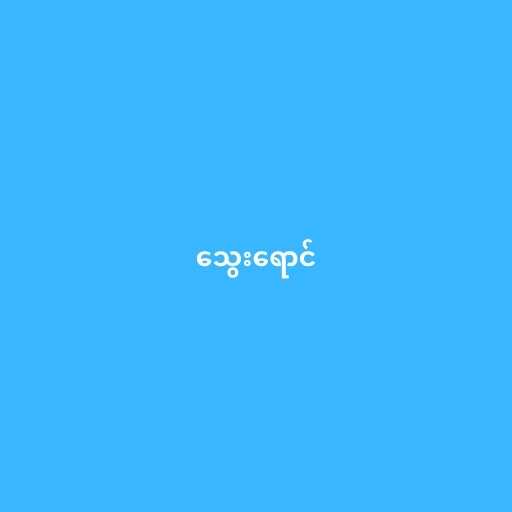
သွေးရောင်